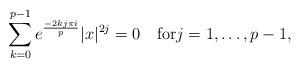
LaTeX: \begin{gather*}\sum_{k=0}^{p-1}e^{\frac{-2kj\pi i}{p}}|x|^{2j}=0\quad\textrm{for}j=1,\dots,p-1,\end{gather*}